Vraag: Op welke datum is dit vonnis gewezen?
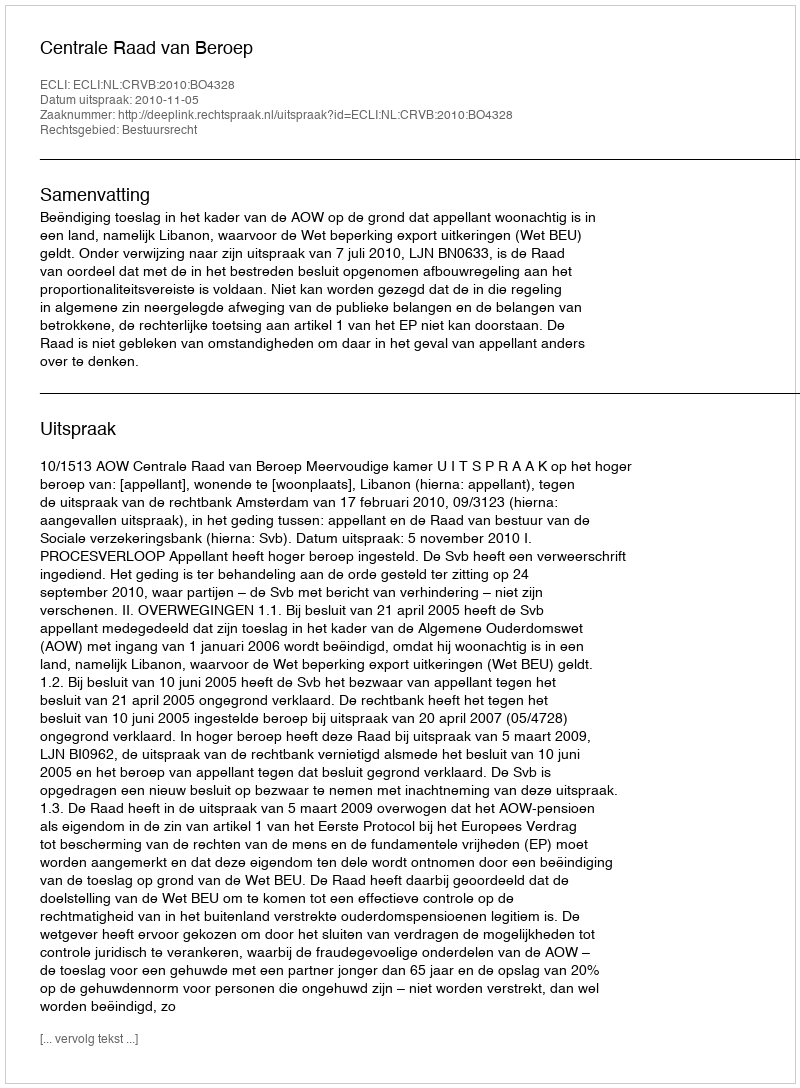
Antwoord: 2010-11-05